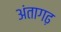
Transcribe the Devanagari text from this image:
अंतागढ़